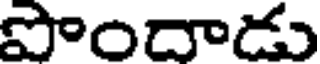
పొందాడు